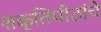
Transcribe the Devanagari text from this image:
शक्तिपीठांचे